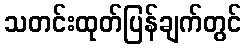
သတင်းထုတ်ပြန်ချက်တွင်